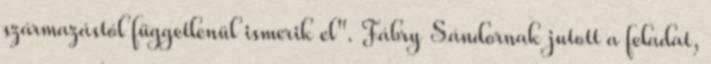
származástól függetlenül ismerik el". Fábry Sándornak jutott a feladat,